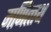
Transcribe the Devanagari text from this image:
मणित्त्थ